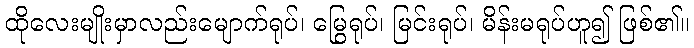
ထိုလေးမျိုးမှာလည်းမျောက်ရုပ်၊ မြွေရုပ်၊ မြင်းရုပ်၊ မိန်းမရုပ်ဟူ၍ ဖြစ်၏။